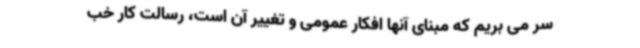
سر می بریم که مبنای آنها افکار عمومی و تغییر آن است، رسالت کار خب